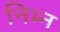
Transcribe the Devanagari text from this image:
निम्‍न